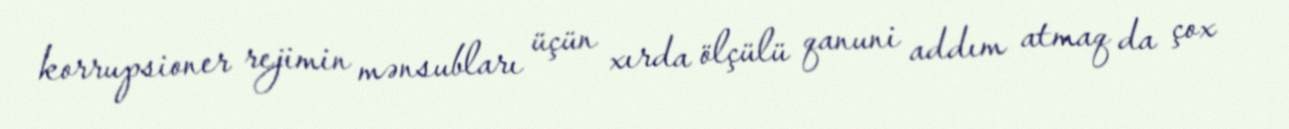
korrupsioner rejimin mənsubları üçün xırda ölçülü qanuni addım atmaq da çox